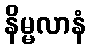
နိမ္မလာနံ